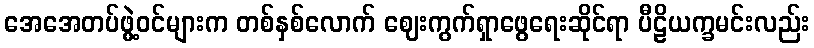
အေအေတပ်ဖွဲ့ဝင်များက တစ်နှစ်လောက် ဈေးကွက်ရှာဖွေရေးဆိုင်ရာ ပီဠိယက္ခမင်းလည်း